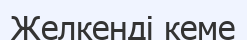
Желкенді кеме